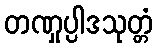
တဏှုပ္ပါဒသုတ္တံ